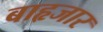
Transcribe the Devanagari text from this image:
बाहृजार